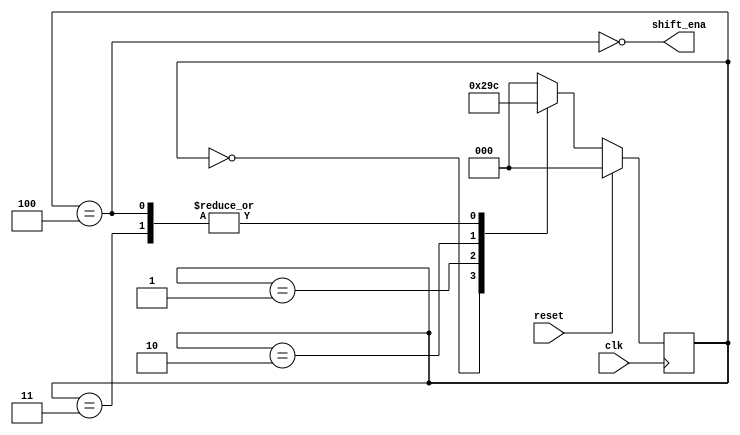
module top_module (
    input clk,
    input reset,      // Synchronous reset
    output shift_ena);

    parameter A=3'b000,
    		  B=3'b001,
    		  C=3'b010,
    		  D=3'b011,
    		  E=3'b100;

    reg [2:0] state,next_state;

    always @(*) begin
        case(state)
            A: next_state = B;
            B: next_state = C;
            C: next_state = D;
            D: next_state = E;
            E: next_state = E;
            default: next_state = A;
        endcase
    end

    always @(posedge clk) begin
        if (reset) state <= A;
        else state <= next_state;
    end

    assign shift_ena = ~(state==E);

endmodule